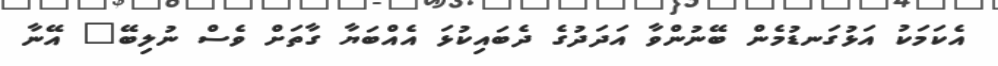
އެކަމަކު އަޅުގަނޑުމެން ބޭނުންވާ އަދަދުގެ ދެބައިކުޅަ އެއްބަޔާ ގާތަށް ވެސް ނުލިބޭ" އޭނާ